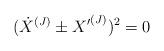
LaTeX: \begin{align*}({\dot{X}}^{(J)} \pm {X'}^{(J)})^2 = 0 \end{align*}